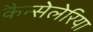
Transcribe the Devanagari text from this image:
कैन्सेलेरिया